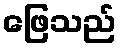
ဖြေသည်